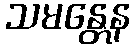
သမန္တေန